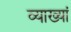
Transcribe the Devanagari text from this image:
व्याख्यां